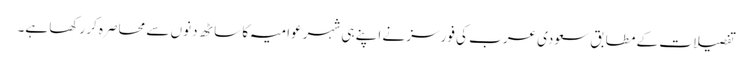
تفصیلات کے مطابق سعودی عرب کی فورسز نے اپنے ہی شہر عوامیہ کا ساٹھ دنوں سے محاصرہ کر رکھا ہے۔